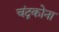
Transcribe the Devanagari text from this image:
चंद्रकोना